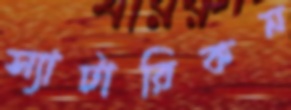
স্যাটারিকন